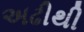
અઢીથી